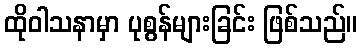
ထိုဝါသနာမှာ ပုစွန်များခြင်း ဖြစ်သည်။